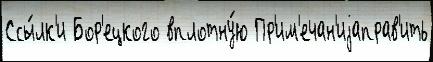
Ссы́лк'и Бор'ецкого вплотну́ю Пр'им'ечан'иjаправ'ить